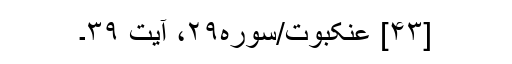
[۴۳] عنکبوت/سوره۲۹، آیت ۳۹۔